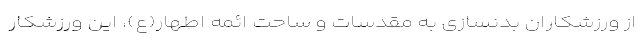
از ورزشکاران بدنسازی به مقدسات و ساحت ائمه اطهار(ع)، این ورزشکار